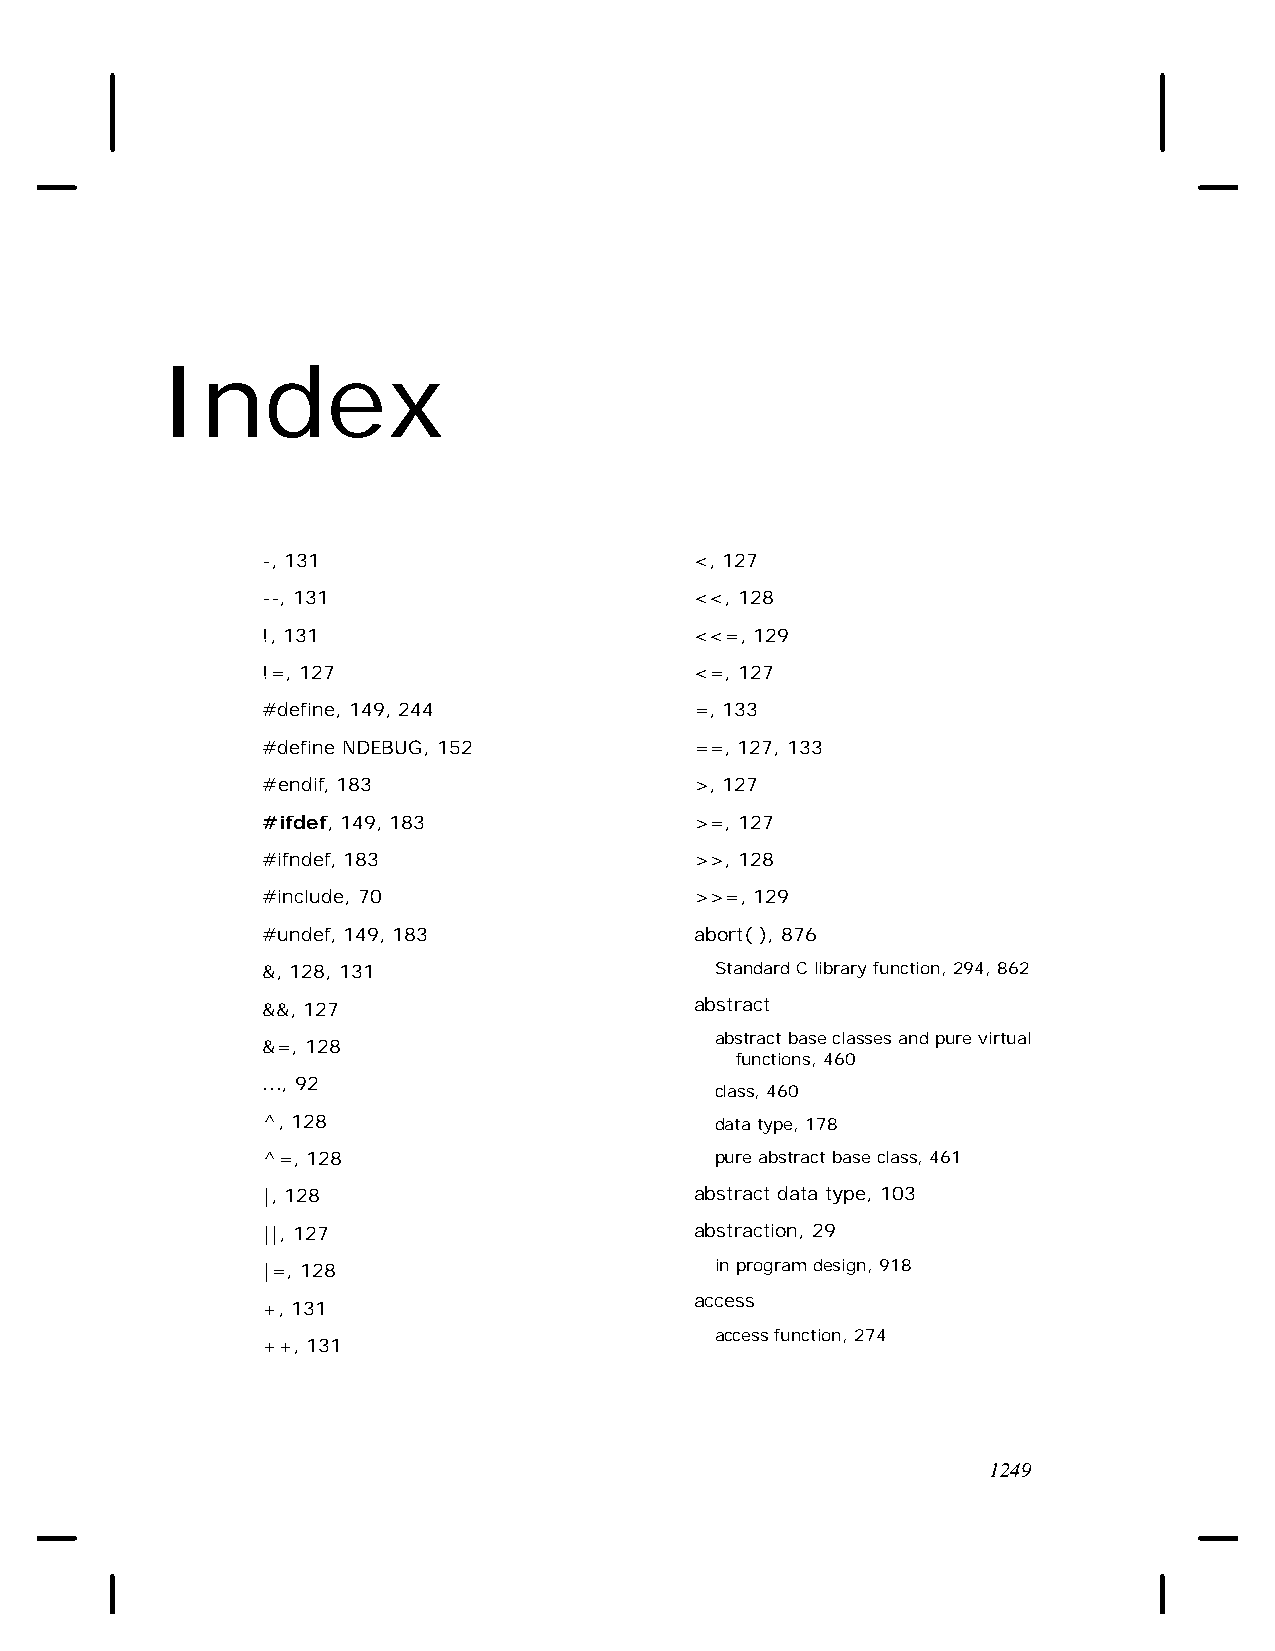
Index
 -, 131                       <, 127
 --, 131                      <<, 128
 !, 131                       <<=, 129
 !=, 127                      <=, 127
 #define, 149, 244            =, 133
 #define NDEBUG, 152          ==, 127, 133
 #endif, 183                  >, 127
 #ifdef, 149, 183             >=, 127
 #ifndef, 183                 >>, 128
 #include, 70                 >>=, 129
 #undef, 149, 183             abort( ), 876
 &, 128, 131                   Standard C library function, 294, 862
 &&, 127                      abstract
 abstract base classes and pure virtual
 &=, 128
 functions, 460
 ..., 92
 class, 460
 ^, 128                        data type, 178
 ^=, 128                       pure abstract base class, 461
 |, 128                       abstract data type, 103
 ||, 127                      abstraction, 29
 |=, 128                       in program design, 918
 access
 +, 131
 access function, 274
 ++, 131
 1249